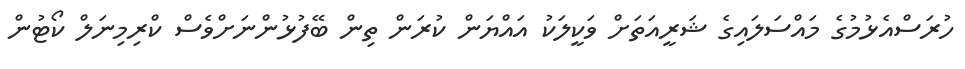
ހުރަސްއެޅުމުގެ މައްސަލައިގެ ޝަރީއަތަށް ވަކީލަކު އައްޔަން ކުރަން ތިން ބޭފުޅުންނަށްވެސް ކްރިމިނަލް ކޯޓުން